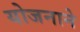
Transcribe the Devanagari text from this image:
योजनाने